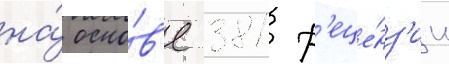
на́ осно́в'е 381 р'еце́нз'ии